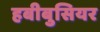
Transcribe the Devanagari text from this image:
हबीबुसियर